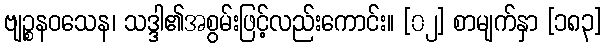
ဗျဉ္စနဝသေန၊ သဒ္ဒါ၏အစွမ်းဖြင့်လည်းကောင်း။ [၀၂] စာမျက်နှာ [၁၈၃]